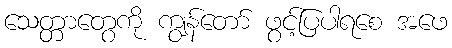
သေတ္တာတွေကို ကျွန်တော် ဖွင့်ပြပါရစေ အဖေ